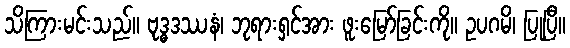
သိကြားမင်းသည်။ ဗုဒ္ဓဒဿနံ၊ ဘုရားရှင်အား ဖူးမြော်ခြင်းကို။ ဥပဂမိ၊ ပြုပြီ။